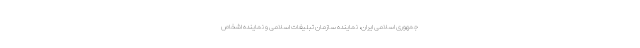
جمهوری اسلامی ایران، نماینده سازمان تبلیغات اسلامی و نماینده اشخاص